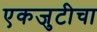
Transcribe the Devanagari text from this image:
एकजुटीचा